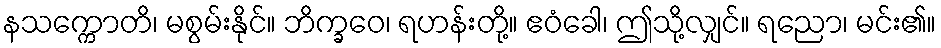
နသက္ကောတိ၊ မစွမ်းနိုင်။ ဘိက္ခဝေ၊ ရဟန်းတို့။ ဧဝံခေါ၊ ဤသို့လျှင်။ ရညော၊ မင်း၏။